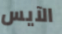
الآيس